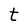
Character: t